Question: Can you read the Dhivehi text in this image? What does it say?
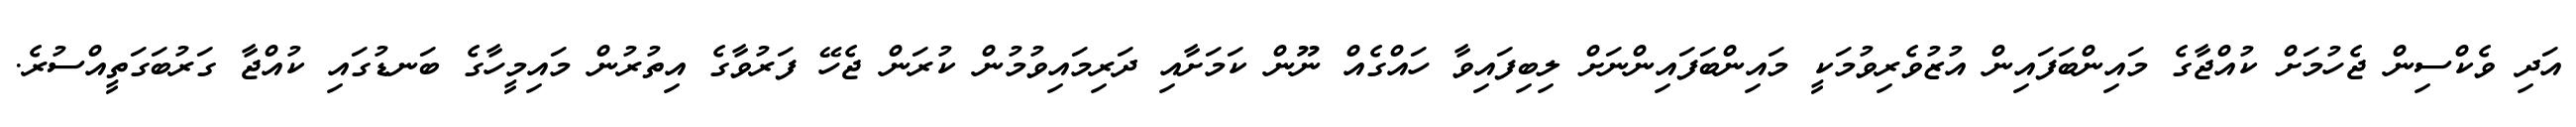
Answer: އަދި ވެކްސިން ޖެހުމަށް ކުއްޖާގެ މައިންބަފައިން އުޒުވެރިވުމަކީ މައިންބަފައިންނަށް ލިބިފައިވާ ހައްގެއް ނޫން ކަމަށާއި ދަރިމައިވުމުން ކުރަން ޖެހޭ ފަރުވާގެ އިތުރުން މައިމީހާގެ ބަނޑުގައި ކުއްޖާ ގަރުބަގަތީއްސުރެ.